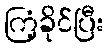
ကြံ့ခိုင်ပြီး